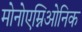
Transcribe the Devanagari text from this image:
मोनोएम्निओनिक